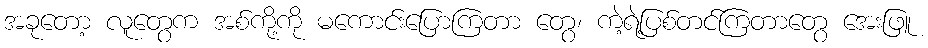
အခုတော့ လူတွေက အစ်ကို့ကို မကောင်းပြောကြတာ တွေ၊ ကဲ့ရဲ့ပြစ်တင်ကြတာတွေ အေးဖြူ